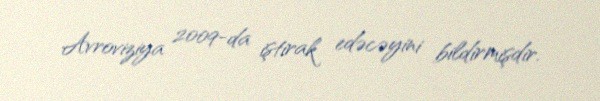
Avroviziya 2009-da iştirak edəcəyini bildirmişdir.